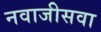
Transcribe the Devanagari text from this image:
नवाजीसवा